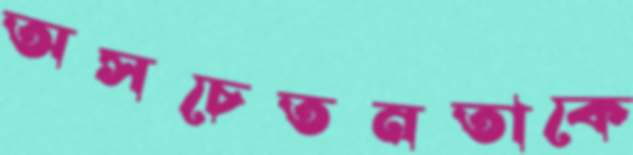
অসচেতনতাকে